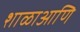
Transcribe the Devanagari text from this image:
शाळाआणि